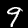
Digit: 9